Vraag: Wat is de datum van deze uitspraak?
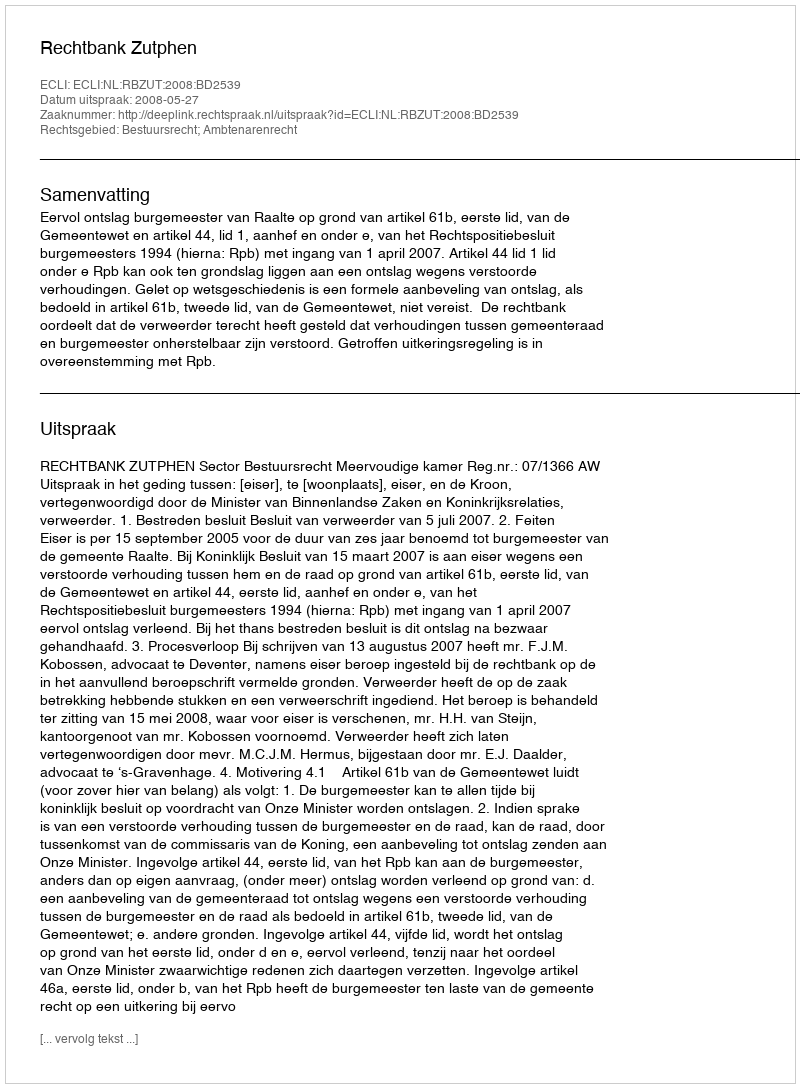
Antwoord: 2008-05-27